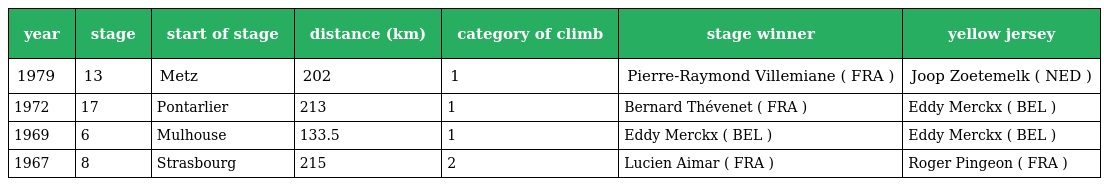
| year | stage | start of stage | distance (km) | category of climb | stage winner | yellow jersey |
 | --- | --- | --- | --- | --- | --- | --- |
 | 1979 | 13 | Metz | 202 | 1 | Pierre-Raymond Villemiane ( FRA ) | Joop Zoetemelk ( NED ) |
 | 1972 | 17 | Pontarlier | 213 | 1 | Bernard Thévenet ( FRA ) | Eddy Merckx ( BEL ) |
 | 1969 | 6 | Mulhouse | 133.5 | 1 | Eddy Merckx ( BEL ) | Eddy Merckx ( BEL ) |
 | 1967 | 8 | Strasbourg | 215 | 2 | Lucien Aimar ( FRA ) | Roger Pingeon ( FRA ) |